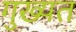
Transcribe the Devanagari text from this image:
गुख्यत